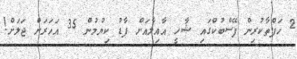
2 ހަފްތާކުރިން ފޭސްބުކްގައި ޝާހީ އާއިލާއަށް ފާޑު ކިޔުމުން 35 އަހަރަށް ޖަލަށް!